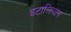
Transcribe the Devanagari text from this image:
इटालियान